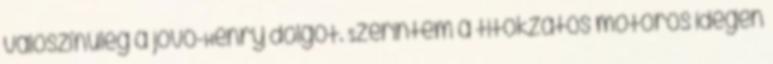
valószínűleg a jövő-Henry dolgot. Szerintem a titokzatos motoros idegen